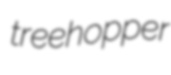
treehopper